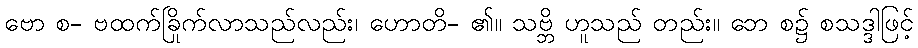
ဗော စ- ဗထက်ခြိုက်လာသည်လည်း၊ ဟောတိ- ၏။ သဗ္ဘိ ဟူသည် တည်း။ ဘေ စ၌ စသဒ္ဒါဖြင့်